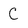
Character: C